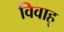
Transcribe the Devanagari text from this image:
विवाह्